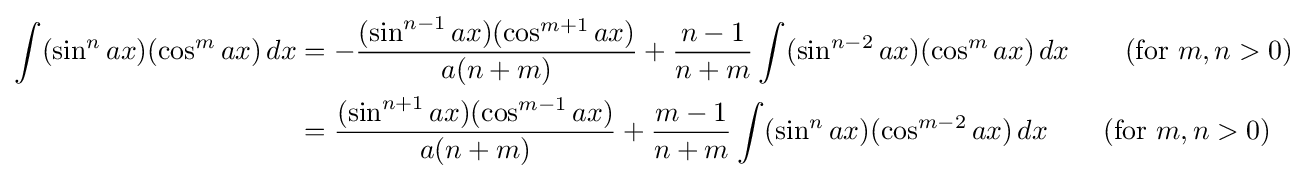
{\begin{aligned}\int (\sin ^{n}ax)(\cos ^{m}ax)\,dx&=-{\frac {(\sin ^{n-1}ax)(\cos ^{m+1}ax)}{a(n+m)}}+{\frac {n-1}{n+m}}\int (\sin ^{n-2}ax)(\cos ^{m}ax)\,dx\qquad {\mbox{(for }}m,n>0{\mbox{)}}\\&={\frac {(\sin ^{n+1}ax)(\cos ^{m-1}ax)}{a(n+m)}}+{\frac {m-1}{n+m}}\int (\sin ^{n}ax)(\cos ^{m-2}ax)\,dx\qquad {\mbox{(for }}m,n>0{\mbox{)}}\end{aligned}}